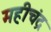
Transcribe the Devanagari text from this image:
महीचंद्र